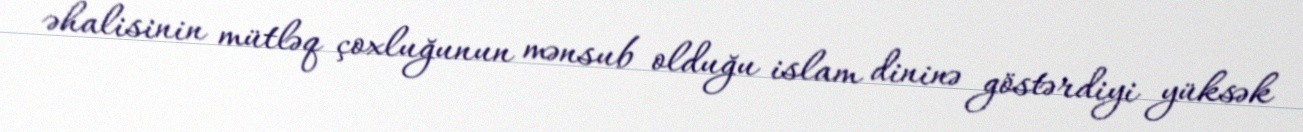
əhalisinin mütləq çoxluğunun mənsub olduğu islam dininə göstərdiyi yüksək